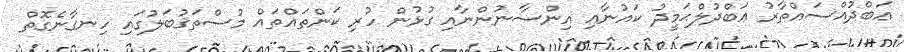
ޢަބްދުއްސައްތާރު ޢަބްދުލްޙަމީދު ކައުނާއި އިންސާނުންނާއި ގުޅުން ހުރި ކަންތައްތައް މުސްތަޤުބަލުގައި ހިނގާނެގޮތް